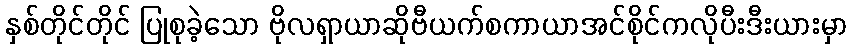
နှစ်တိုင်တိုင် ပြုစုခဲ့သော ဗိုလရှာယာဆိုဗီယက်စကာယာအင်စိုင်ကလိုပီးဒီးယားမှာ